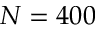
N = 4 0 0